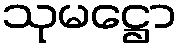
သုမဋ္ဌော